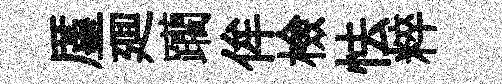
厪廽躪侔檢怯粹